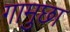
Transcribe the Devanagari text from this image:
गामुछा